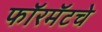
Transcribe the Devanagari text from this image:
फॉरमॅटचे